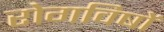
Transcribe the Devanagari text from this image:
रोगविषों